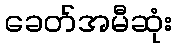
ခေတ်အမီဆုံး